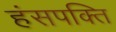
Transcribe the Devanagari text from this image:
हंसपक्ति